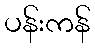
ပန်းကန်